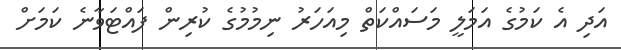
އަދި އެ ކަމުގެ އަމަލީ މަސައްކަތް މިއަހަރު ނިމުމުގެ ކުރިން ފައްޓަވާނެ ކަަމަށް